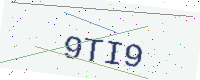
Text: 9TI9